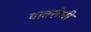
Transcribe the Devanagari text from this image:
वातरोधी